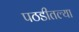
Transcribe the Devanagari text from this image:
पठडीतल्या